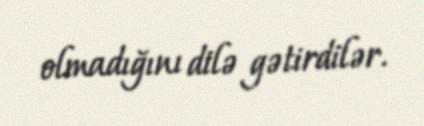
olmadığını dilə gətirdilər.